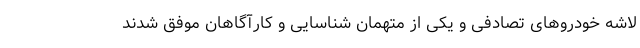
لاشه خودروهای تصادفی و یکی از متهمان شناسایی و کارآگاهان موفق شدند